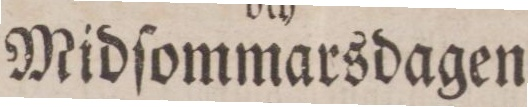
Midſommarsdagen